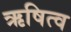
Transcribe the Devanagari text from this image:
ऋषित्व